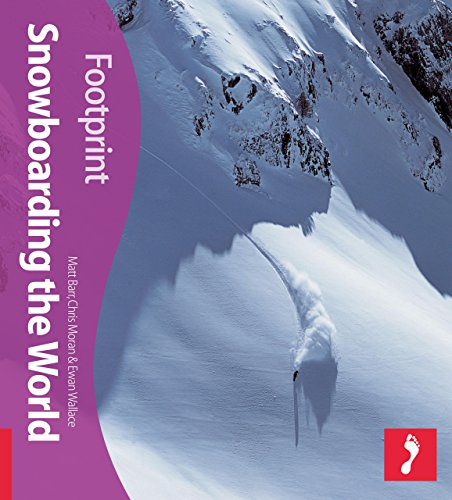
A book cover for Snowboarding the World (Footprint - Activity Guides); Matt Barr; Sports & Outdoors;